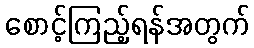
စောင့်ကြည့်ရန်အတွက်